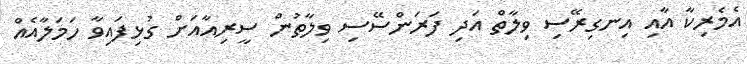
އެމެރިކާ އާއި އިނގިރޭސި ވިލާތް އަދި ފަރަންސޭސި ވިލާތުން ސީރިއާއަށް ގުޅިފައިވާ ހަމަލާއެއް